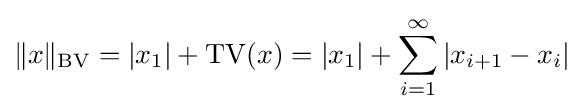
\|x\|_{\operatorname {BV} }=|x_{1}|+\operatorname {TV} (x)=|x_{1}|+\sum _{i=1}^{\infty }|x_{i+1}-x_{i}|